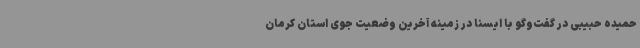
حمیده حبیبی در گفت‌وگو با ایسنا در زمینه آخرین وضعیت جوی استان کرمان